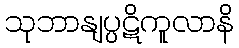
သုဘာနျပ္ပဋိကူလာနိ